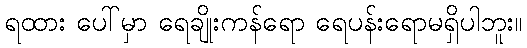
ရထား ပေါ်မှာ ရေချိုးကန်ရော ရေပန်းရောမရှိပါဘူး။